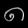
Digit: ၈